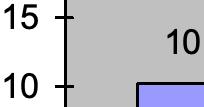
15 10 10